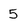
Character: 5